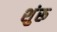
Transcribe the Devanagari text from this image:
शुंरू